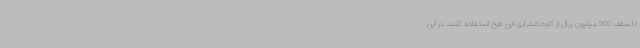
تا سقف 500 میلیون ریال از کارت اعتباری این طرح استفاده کنند. در این